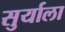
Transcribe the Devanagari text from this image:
सुर्याला